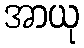
အာယု